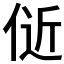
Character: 𬾞